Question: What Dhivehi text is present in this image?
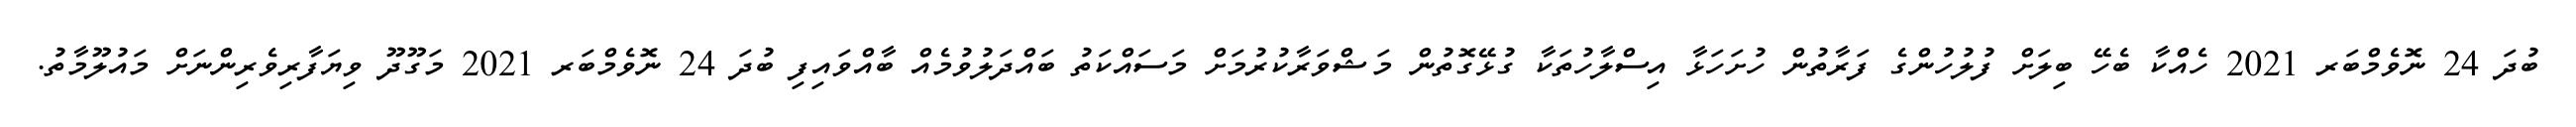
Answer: ބުދަ 24 ނޮވެމްބަރ 2021 ހެއްކާ ބެހޭ ބިލަށް ފުލުހުންގެ ފަރާތުން ހުށަހަޅާ އިސްލާހުތަކާ ގުޅޭގޮތުން މަޝްވަރާކުރުމަށް މަސައްކަތު ބައްދަލުވުމެއް ބާއްވައިފި ބުދަ 24 ނޮވެމްބަރ 2021 މަގޫދޫ ވިޔަފާރިވެރިންނަށް މައުލޫމާތު.